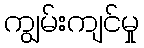
ကျွမ်းကျင်မှု